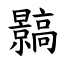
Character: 䯫